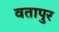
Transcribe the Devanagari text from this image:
वतापुर